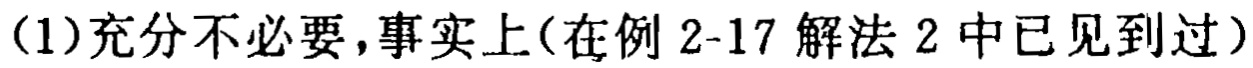
(1)充分不必要,事实上(在例 2-17 解法 2 中已见到过)